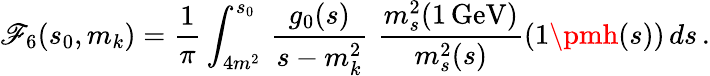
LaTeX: \mathscr{F}_{6}(s_{0},m_{k})=\frac{{1}}{{\pi}}\int_{4m^{2}}^{s_{0}}\, \frac{{g_{0}(s)}}{{s-m_{k}^{2}}}\, \, \frac{{m_{s}^{2}(1\, \mathrm{{GeV}})}}{{m_{s}^{2}(s)}}\left(1\pmh(s)\right)\, ds\, .